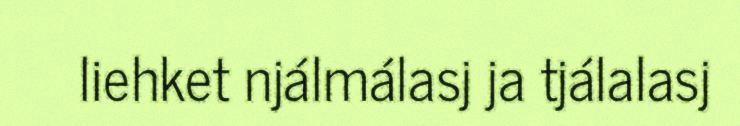
liehket njálmálasj ja tjálalasj